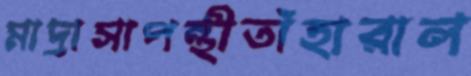
মাদ্রাসাপন্থীতাঁহারাল